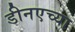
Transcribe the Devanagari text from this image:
डीनएच्या